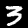
Digit: 3